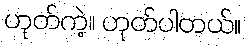
ဟုတ်ကဲ့။ ဟုတ်ပါတယ်။